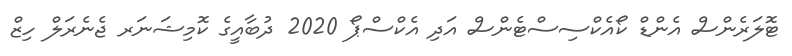
ޓޮލަރެންސް އެންޑް ކޯއެކްސިސްޓެންސް އަދި އެކްސްޕޯ 2020 ދުބާއީގެ ކޮމިޝަނަރ ޖެނެރަލް ހިޒް